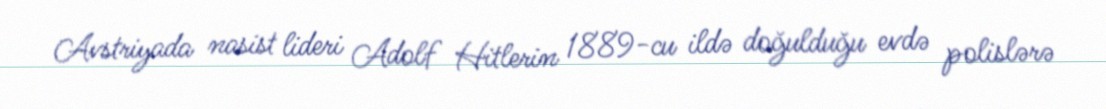
Avstriyada nasist lideri Adolf Hitlerin 1889-cu ildə doğulduğu evdə polislərə